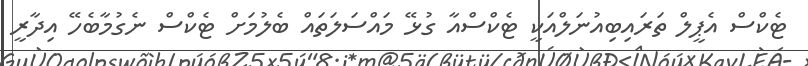
ޓެކްސް އެޕީލް ތަރައިބިއުނަލްއަކީ ޓެކްސްއާ ގުޅޭ މައްސަލަތައް ބެލުމަށް ޓެކްސް ނެގުމާބެހޭ އިދާރީ